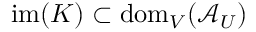
\mathrm { i m } ( K ) \subset \mathrm { d o m } _ { V } ( \mathcal { A } _ { U } )